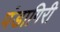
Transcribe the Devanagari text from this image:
पंडागिरी